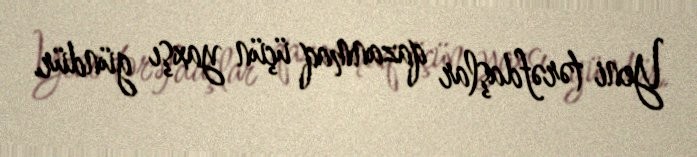
Yeni tərəfdaşlar qazanmaq üçün yaxşı gündür.